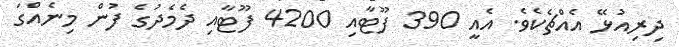
ދިރިއުޅޭ އެއްޗެކެވެ. އެއީ 390 ފޫޓާއި 4200 ފޫޓާއި ދެމެދުގެ ފުން މިނެއްގަ